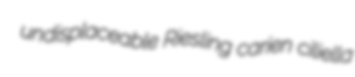
undisplaceable Riesling carien ciliella